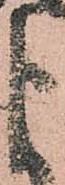
よ